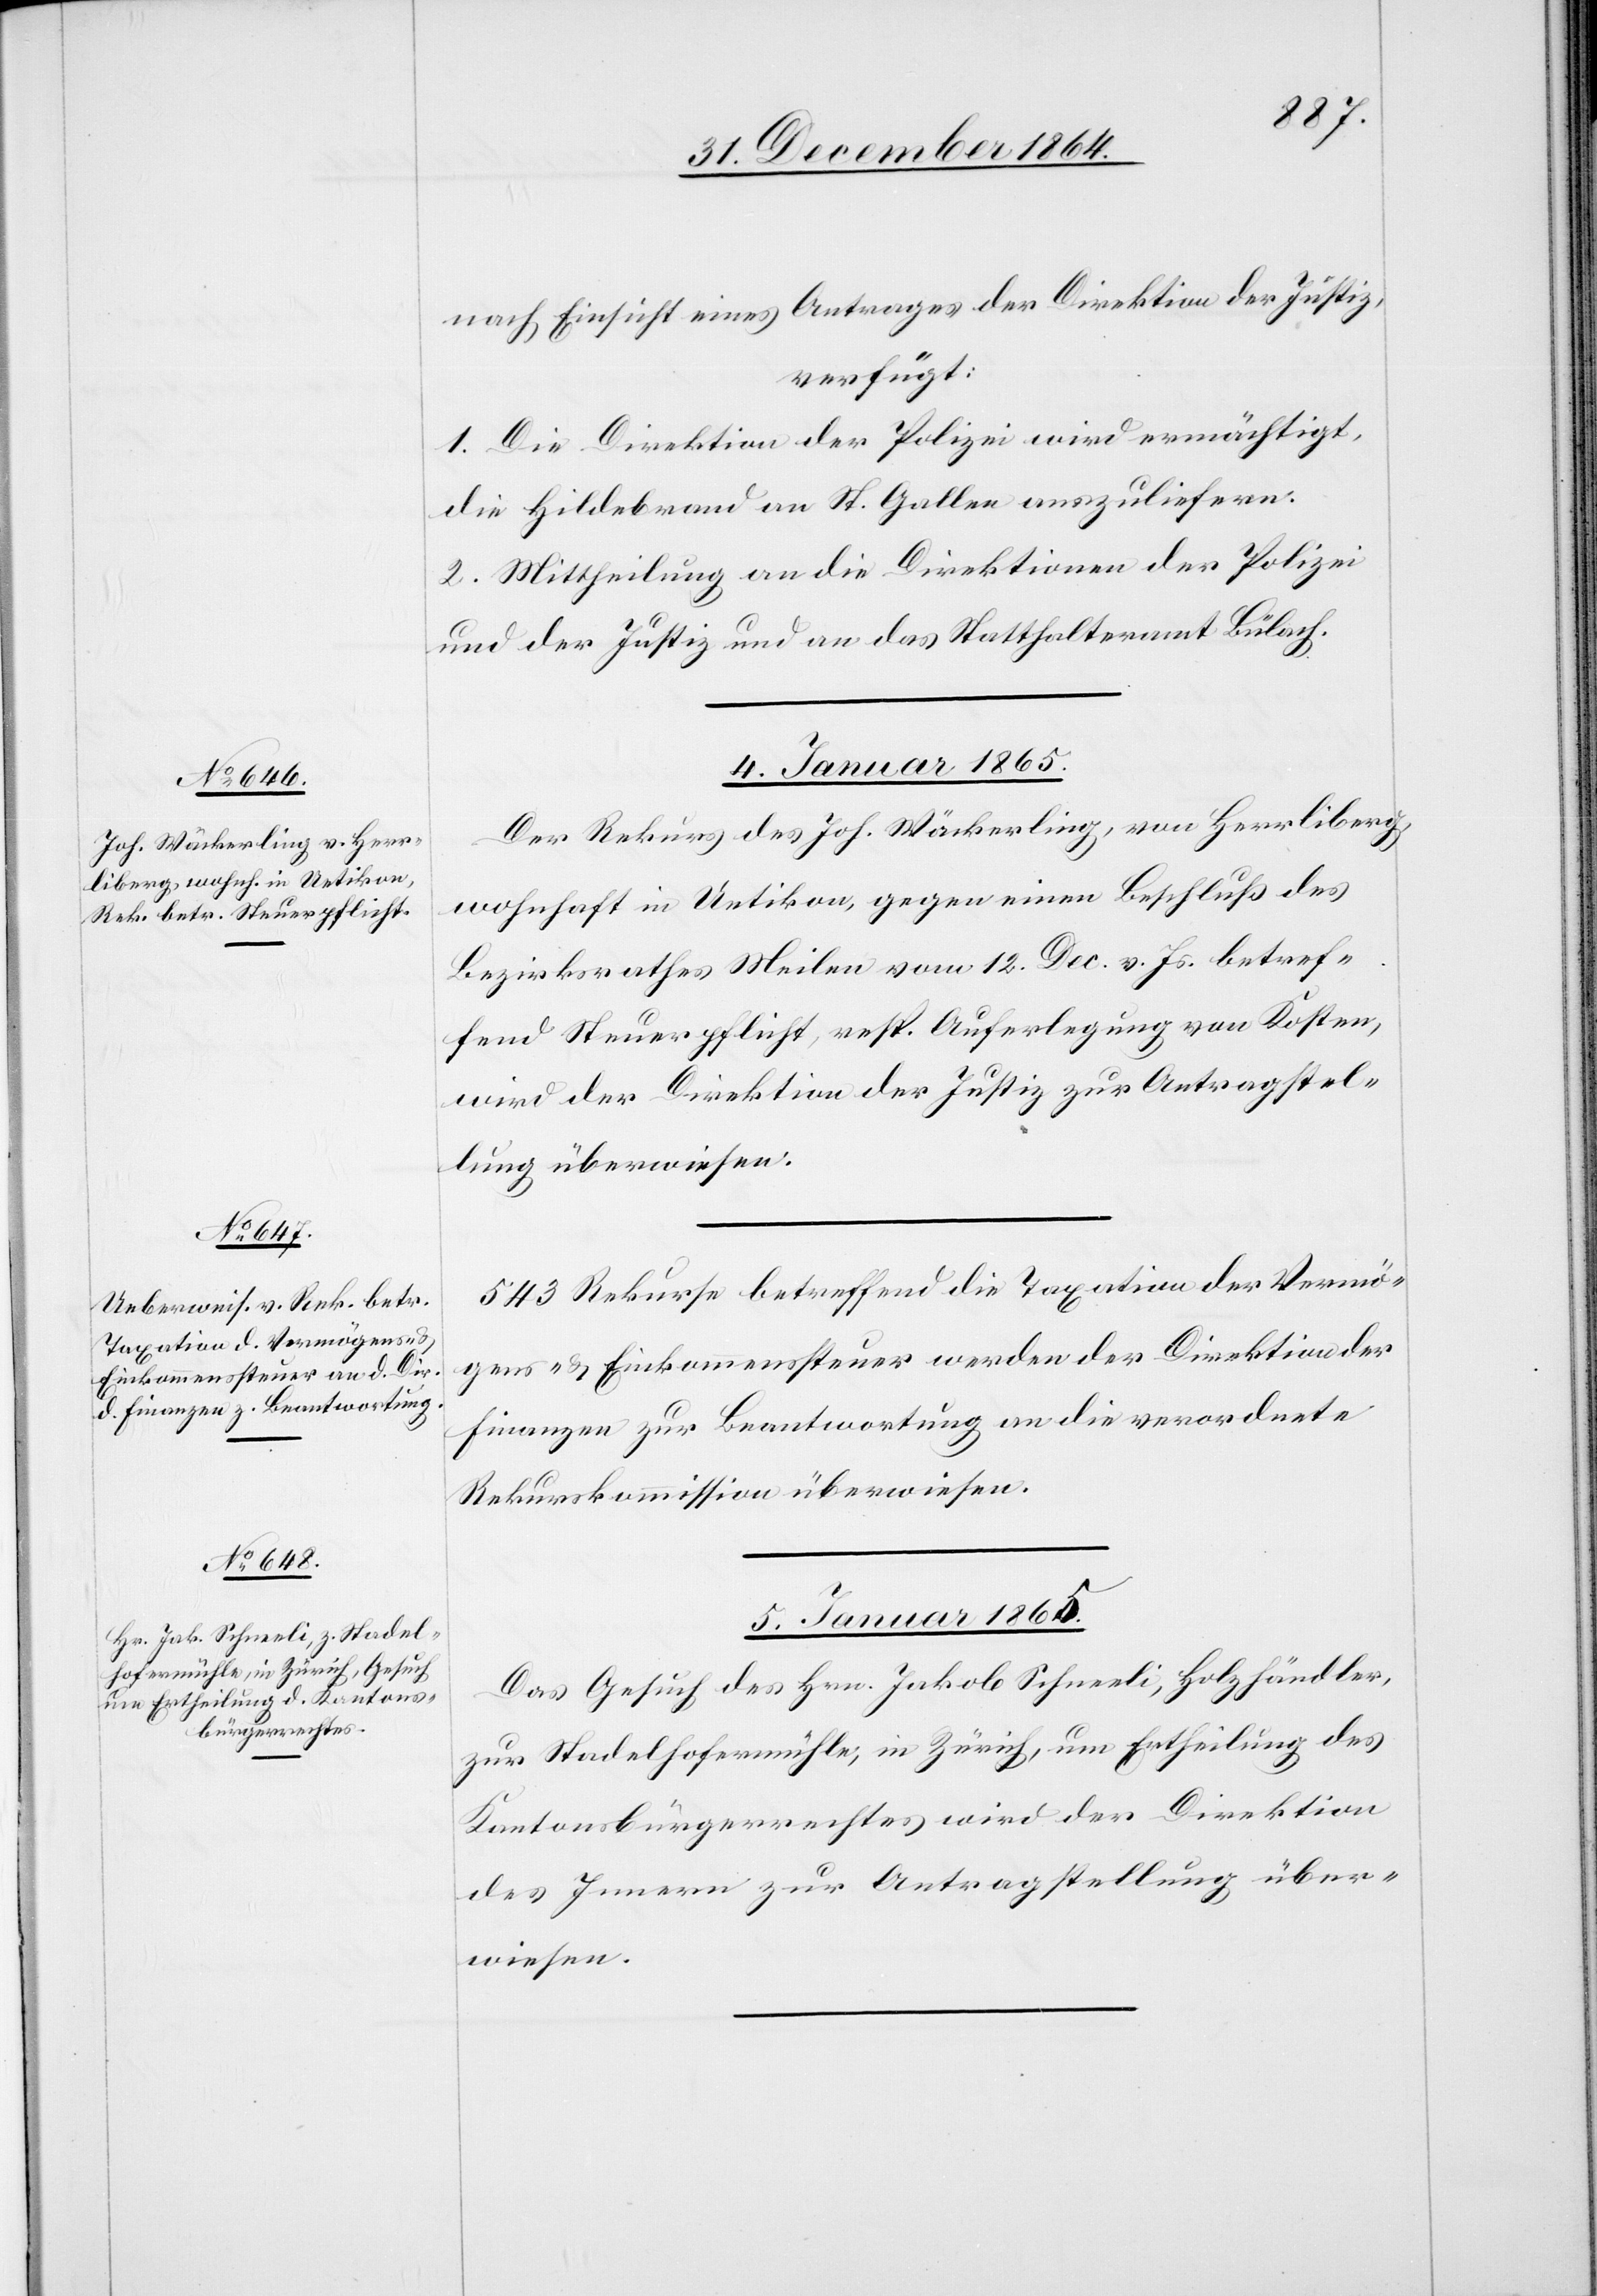
nach Einsicht eines Antrages der Direktion der Justiz,
verfügt:
1. Die Direktion der Polizei wird ermächtigt,
die Hildebrand an St. Gallen auszuliefern.
2. Mittheilung an die Direktionen der Polizei
und der Justiz und an das Statthalteramt Bülach.
4. Januar 1865.]
Der Rekurs des Joh. Wäckerling, von Herrliberg,
wohnhaft in Uetikon, gegen einen Beschluß des
Bezirksrathes Meilen vom 12. Dec. v. Js. betref¬
fend Steuerpflicht, resp. Auferlegung von Kosten,
wird der Direktion der Justiz zur Antragstel¬
lung überwiesen.
543 Rekurse betreffend die Taxation der Vermö¬
gens- & Einkommenssteuer werden der Direktion der
Finanzen zur Beantwortung an die verordnete
Rekurskommission überwiesen.
5. Januar 1865.
Das Gesuch des Hrn. Jakob Schneeli, Holzhändler,
zur Stadelhofermühle, in Zürich, um Ertheilung des
Kantonsbürgerrechtes wird der Direktion
des Innern zur Antragstellung über¬
wiesen.